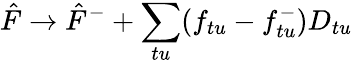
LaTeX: \hat{F}\rightarrow\hat{F}^{-}+\sum_{tu}(f_{tu}-f_{tu}^{-})D_{tu}